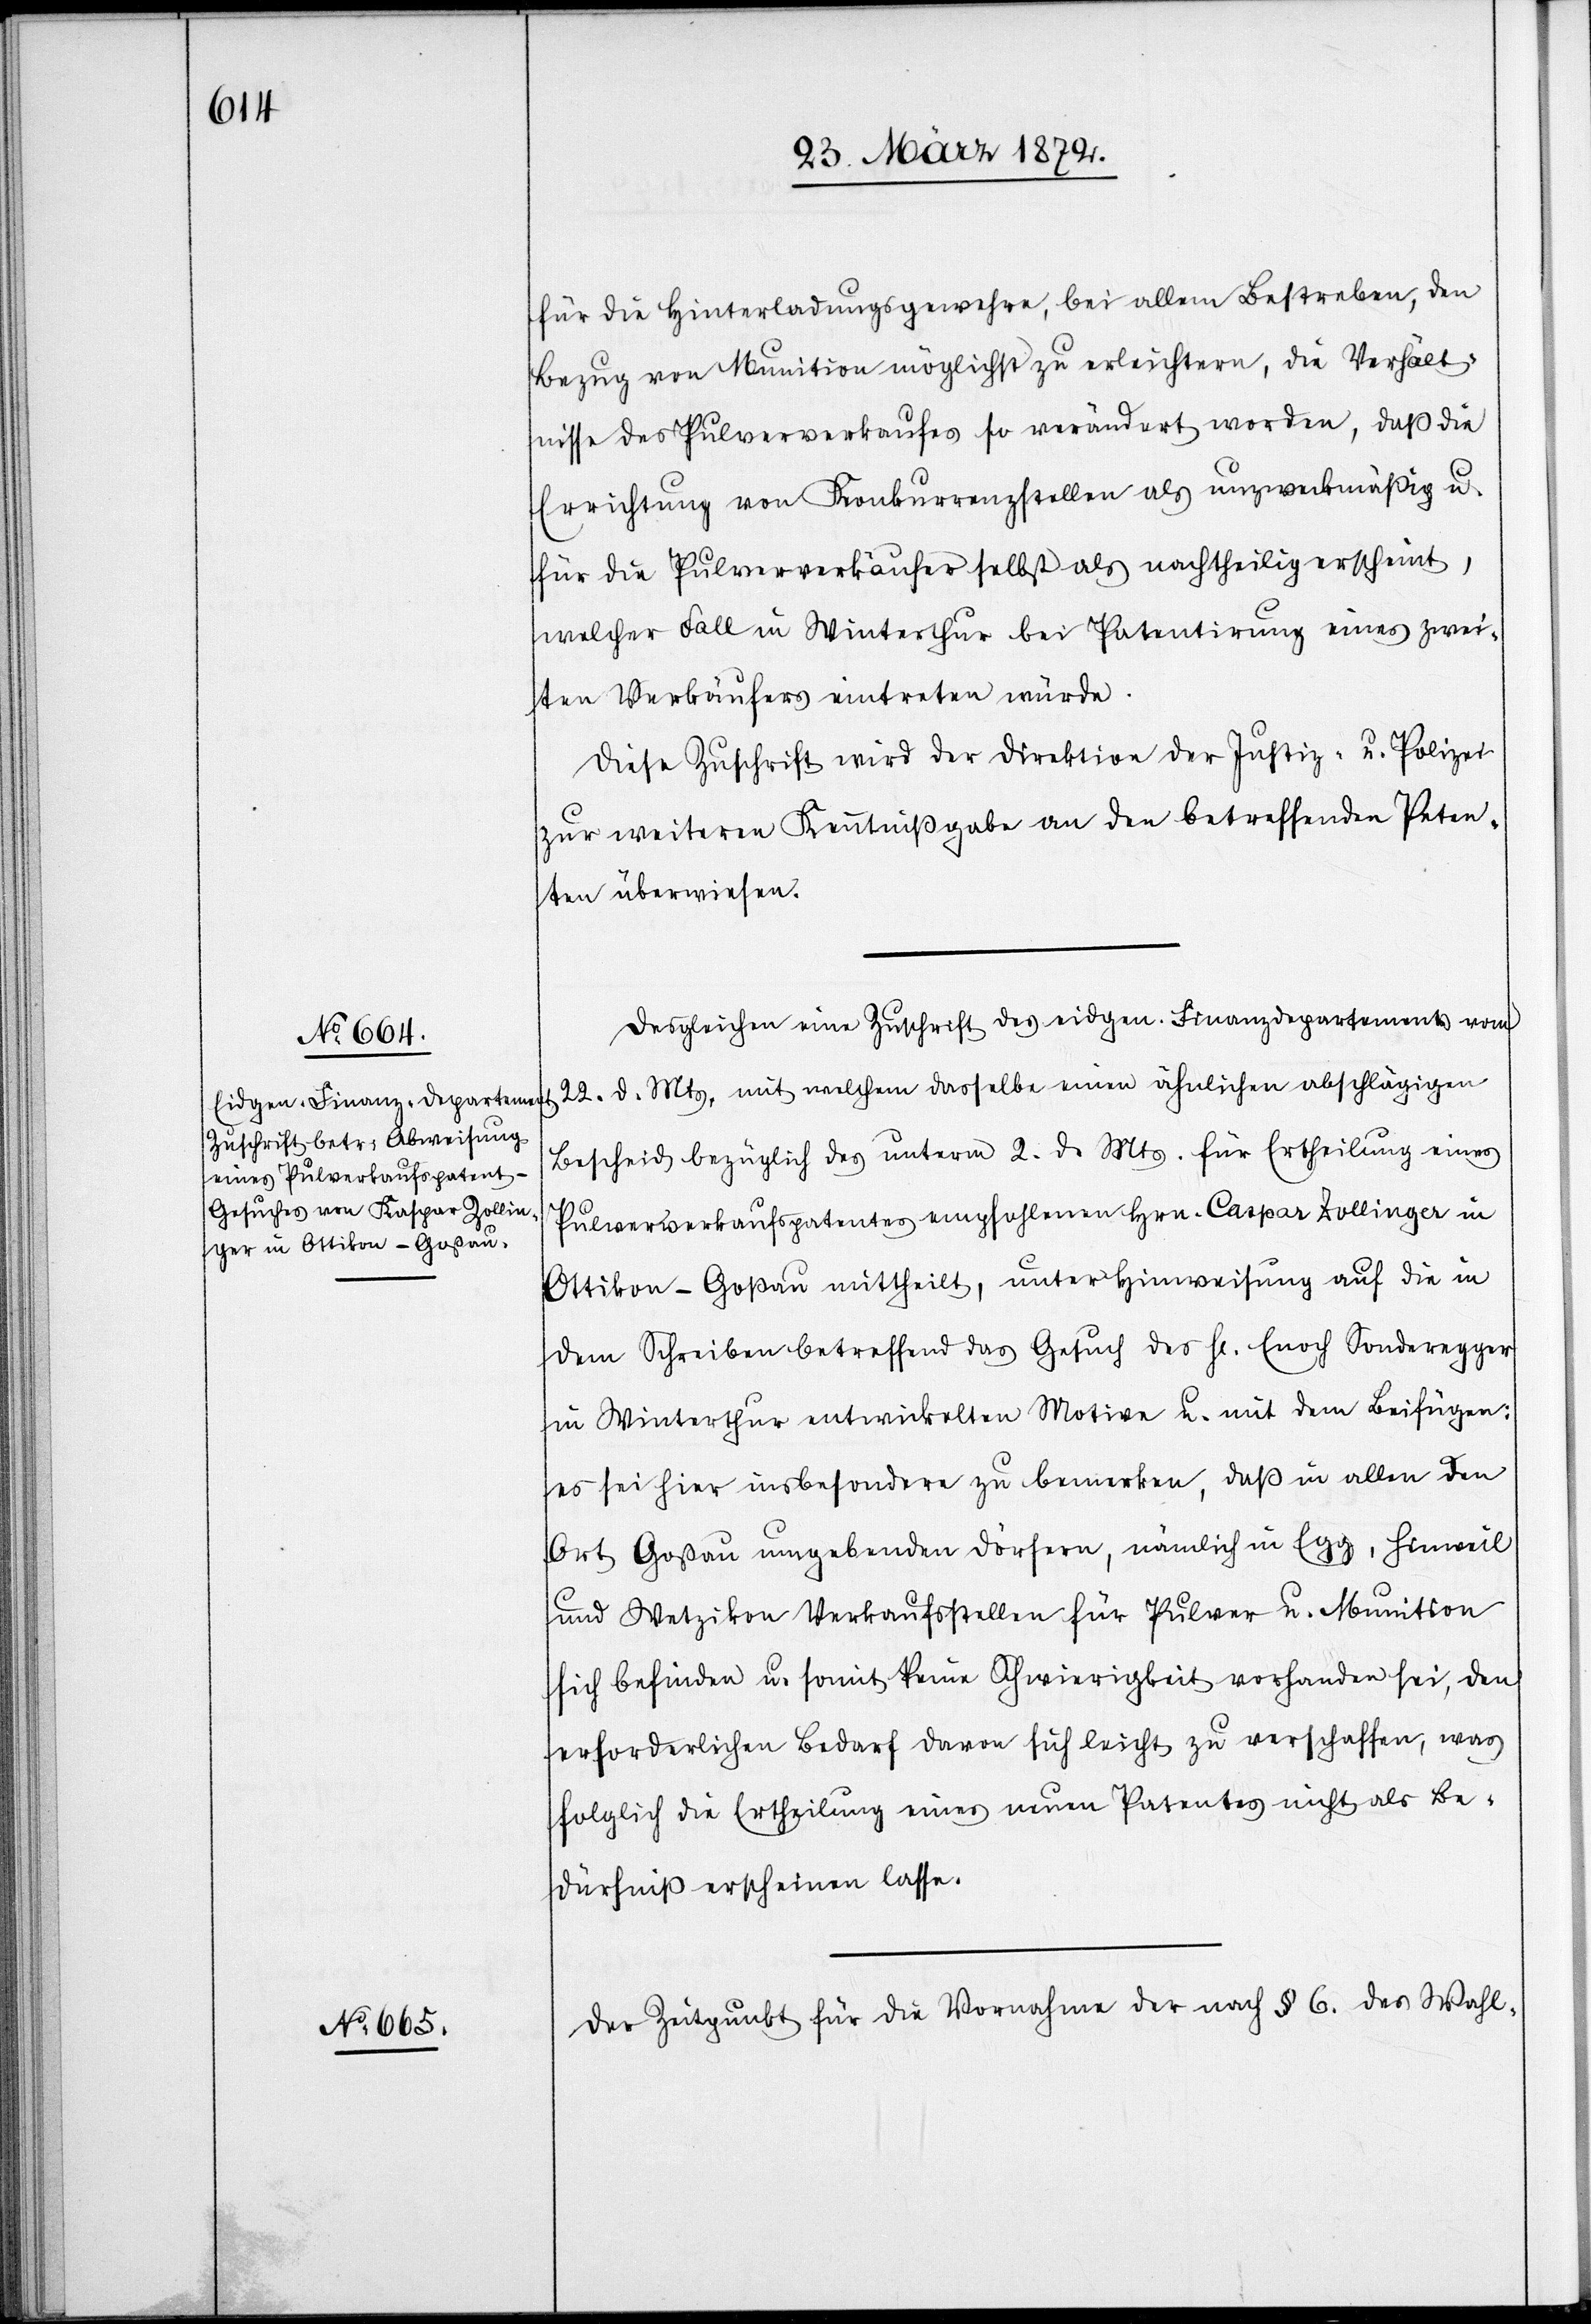
für die Hinterladungsgewehre, bei allem Bestreben, den
Bezug von Munition möglichst zu erleichtern, die Verhält¬
nisse des Pulververkaufes so verändert worden, daß die
Errichtung von Konkurrenzstellen als unzweckmäßig u.
für die Pulververkäufer selbst als nachtheilig erscheint,
welcher Fall in Winterthur bei Patentirung eines zwei¬
ten Verkäufers eintreten würde.
Diese Zuschrift wird der Direktion der Justiz- u. Polizei
zur weiteren Kenntnißgabe an den betreffenden Peten¬
ten überwiesen.
Desgleichen eine Zuschrift des eidgen. Finanzdepartements vom
22. d. Mts, mit welchem dasselbe einen ähnlichen abschlägigen
Bescheid bezüglich das unterm 2. d. Mts. für Ertheilung eines
Pulververkaufspatentes empfohlenen Hrn. Caspar Zollinger in
Ottikon-Goßau mittheilt, unter Hinweisung auf die in
dem Schreiben betreffend das Gesuch des Hr. Enoch Sonderegger
in Winterthur entwickelten Motive u. mit dem Beifügen:
es sei hier insbesondere zu bemerken, daß in allen den
Ort Gossau umgebenden Dörfern, nämlich in Egg, Hinweil
und Wetzikon Verkaufsstellen für Pulver u. Munition
sich befinden u. somit keine Schwierigkeit vorhanden sei, den
erforderlichen Bedarf davon sich leicht zu verschaffen, was
folglich die Ertheilung eines neuen Patentes nicht als Be¬
dürfniß erscheinen lasse.
Der Zeitpunkt für die Vornahme der nach § 6. des Wahl-